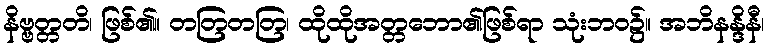
နိဗ္ဗတ္တတိ၊ ဖြစ်၏။ တတြတတြ၊ ထိုထိုအတ္တဘော၏ဖြစ်ရာ သုံးဘဝ၌။ အဘိနန္ဒိနီ၊